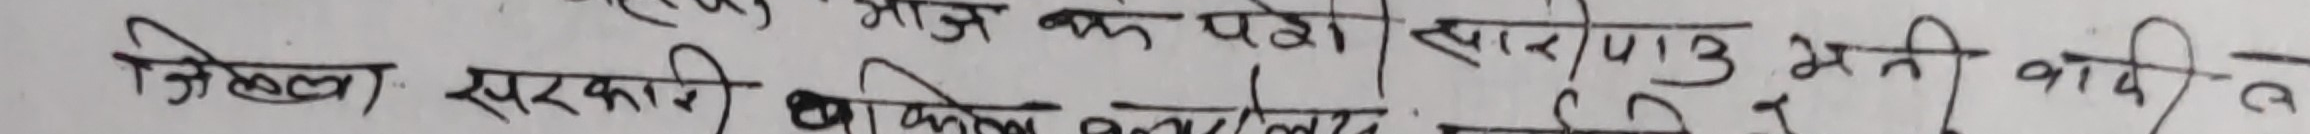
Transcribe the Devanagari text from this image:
जिल्ला सरकारी बाटोमा खसेको द/४/३ भनी आ